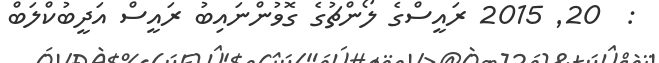
:  20